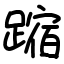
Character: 蹜